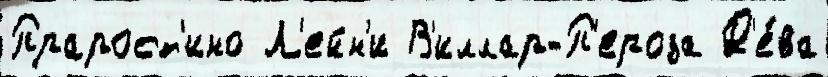
Прарост'ино Л'ейн'и В'иллар-П'ероза Д'е́ва